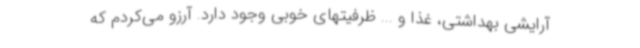
آرایشی بهداشتی، غذا و ... ظرفیتهای خوبی وجود دارد. آرزو می‌کردم که